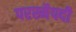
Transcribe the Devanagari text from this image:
परस्मैपदी